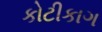
કોટીકાગ